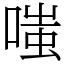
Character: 嗤